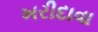
ખરીદાવા